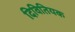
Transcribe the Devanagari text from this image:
दिवितियक